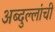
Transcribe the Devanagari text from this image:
अब्दुल्लांची